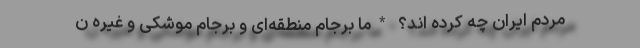
مردم ایران چه کرده اند؟ *ما برجام منطقه‌ای و برجام موشکی و غیره ن